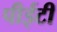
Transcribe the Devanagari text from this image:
पीईटी